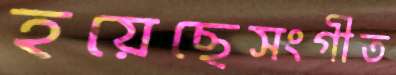
হয়েছেসংগীত